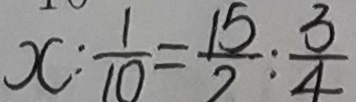
x : \frac { 1 } { 1 0 } = \frac { 1 5 } { 2 } : \frac { 3 } { 4 }